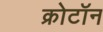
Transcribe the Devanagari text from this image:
क्रोटॉन